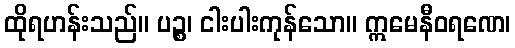
ထိုရဟန်းသည်။ ပဉ္စ၊ ငါးပါးကုန်သော။ ဣမေနီဝရဏေ၊